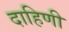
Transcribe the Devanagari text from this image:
दाहिणी